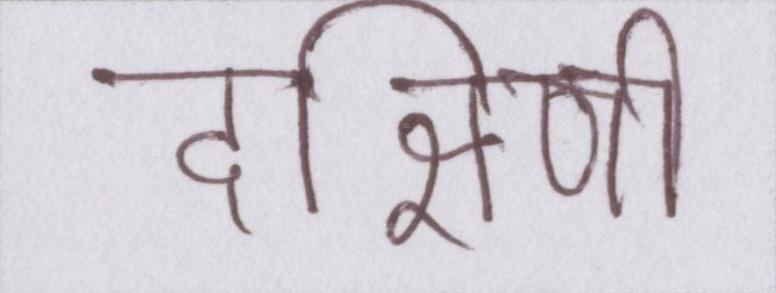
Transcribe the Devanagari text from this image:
दक्षिणी